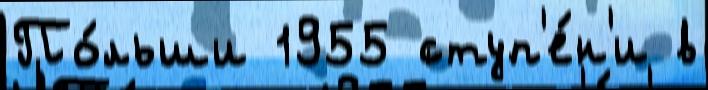
По́льши 1955 ступ'е́н'и в